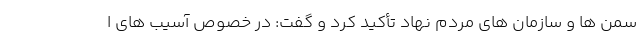
سمن ها و سازمان های مردم نهاد تأکید کرد و گفت: در خصوص آسیب های ا